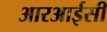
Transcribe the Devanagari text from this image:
आरआईसी